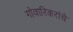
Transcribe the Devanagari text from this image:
गोवारिकरांचे